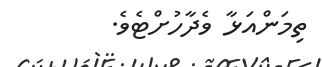
ތިމަންއަޅާ ވެދާހުށްޓެވެ.